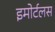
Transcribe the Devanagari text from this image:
इमोर्टलस